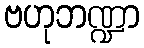
ဗဟုဘဏ္ဍာ